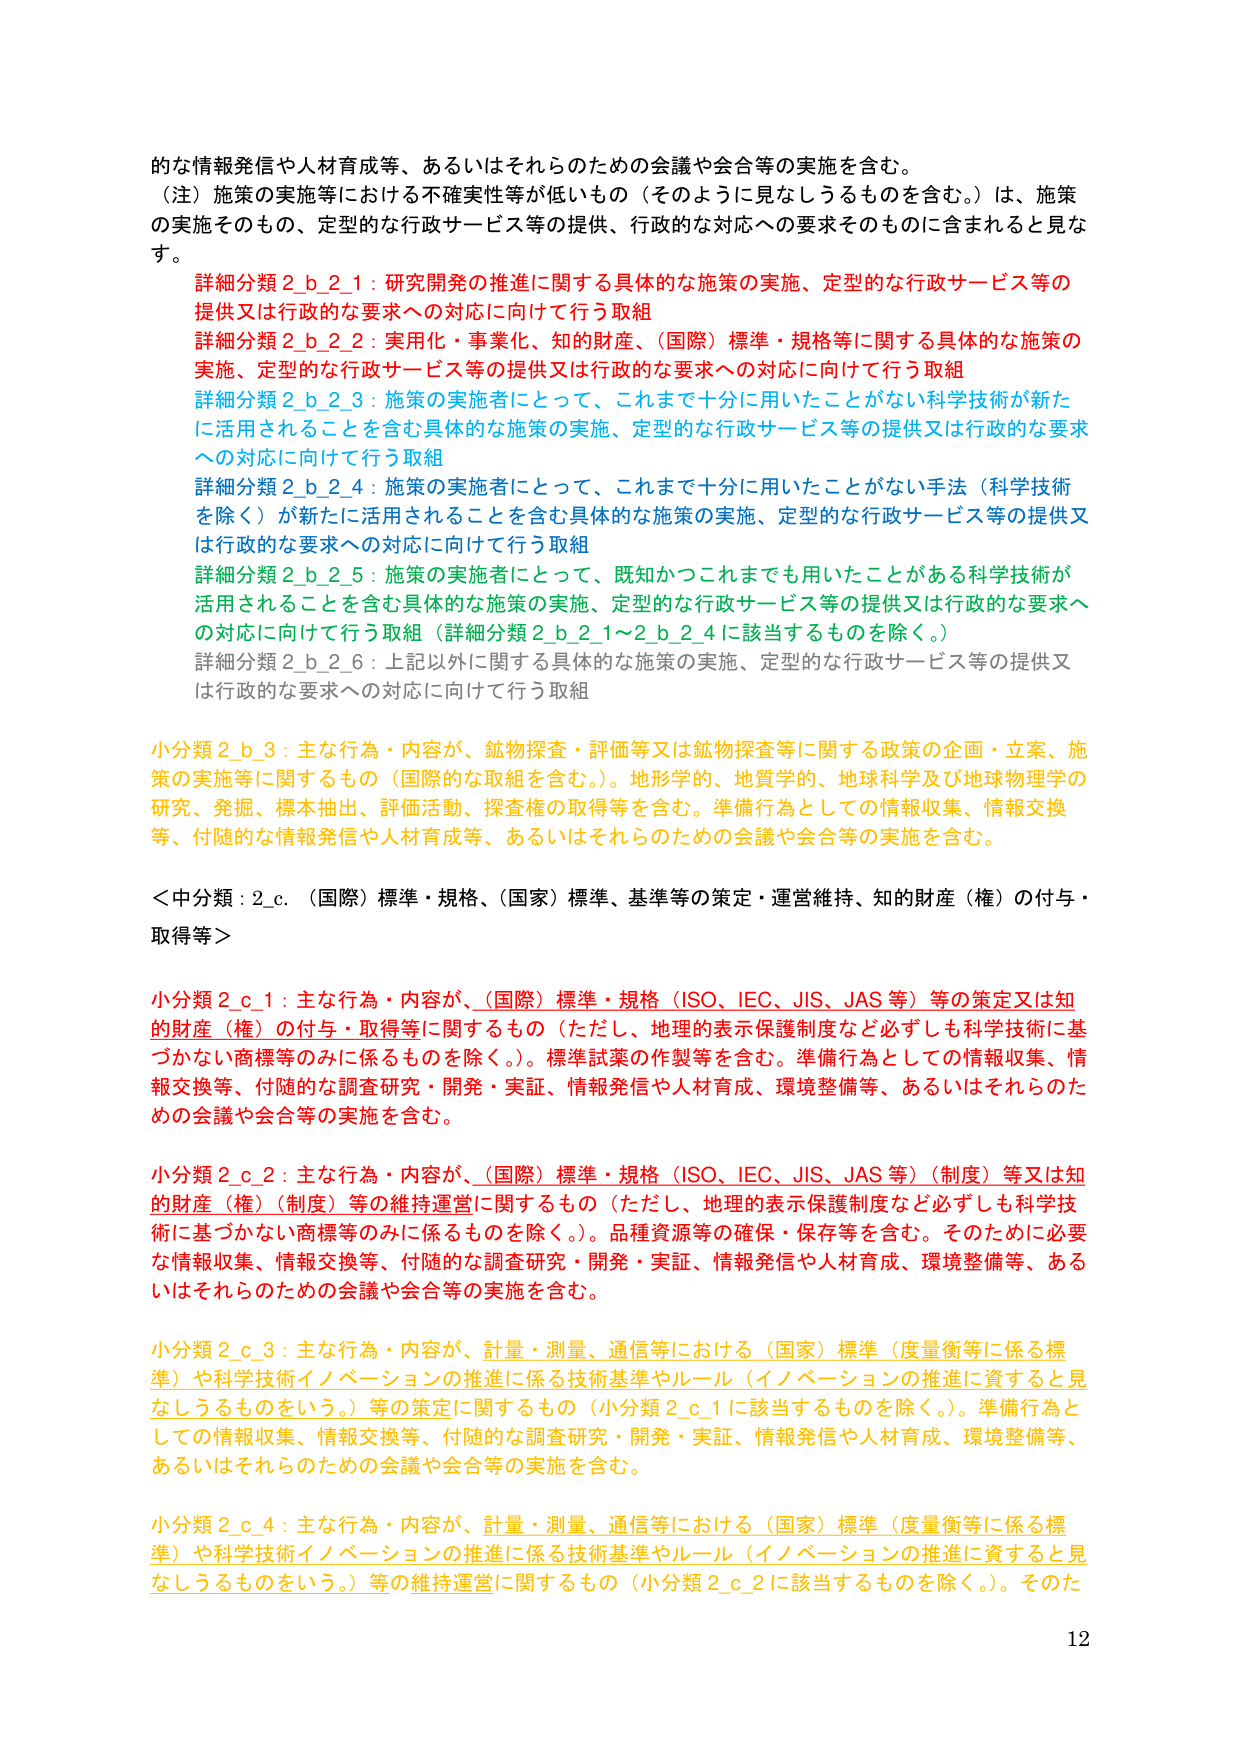
的な情報発信や人材育成等、あるいはそれらのための会議や会合等の実施を含む。
（注）施策の実施等における不確実性等が低いもの（そのように見なしうるものを含む。）は、施策の実施そのもの、定型的な行政サービス等の提供、行政的な対応への要求そのものに含まれると見なす。

詳細分類2_b_2_1：研究開発の推進に関する具体的な施策の実施、定型的な行政サービス等の提供又は行政的な要求への対応に向けて行う取組
詳細分類2_b_2_2：実用化・事業化、知的財産、（国際）標準・規格等に関する具体的な施策の実施、定型的な行政サービス等の提供又は行政的な要求への対応に向けて行う取組
詳細分類2_b_2_3：施策の実施者にとって、これまで十分に用いたことがない科学技術が新たに活用されることを含む具体的な施策の実施、定型的な行政サービス等の提供又は行政的な要求への対応に向けて行う取組
詳細分類2_b_2_4：施策の実施者にとって、これまで十分に用いたことがない手法（科学技術を除く）が新たに活用されることを含む具体的な施策の実施、定型的な行政サービス等の提供又は行政的な要求への対応に向けて行う取組
詳細分類2_b_2_5：施策の実施者にとって、既知かつこれまでにも用いたことがある科学技術が活用されることを含む具体的な施策の実施、定型的な行政サービス等の提供又は行政的な要求への対応に向けて行う取組（詳細分類2_b_2_1～2_b_2_4に該当するものを除く。）
詳細分類2_b_2_6：上記以外に関する具体的な施策の実施、定型的な行政サービス等の提供又は行政的な要求への対応に向けて行う取組

小分類2_b_3：主な行為・内容が、鉱物探査・評価等又は鉱物探査等に関する政策の企画・立案、施策の実施等に関するもの（国際的な取組を含む。）。地形学的、地質学的、地球科学及び地球物理学の研究、発掘、標本抽出、評価活動、探査権の取得等を含む。準備行為としての情報収集、情報交換等、付随的な情報発信や人材育成等、あるいはそれらのための会議や会合等の実施を含む。

＜中分類：2_c．（国際）標準・規格、（国家）標準、基準等の策定・運営維持、知的財産（権）の付与・取得等＞

小分類2_c_1：主な行為・内容が、（国際）標準・規格（ISO、IEC、JIS、JAS等）等の策定又は知的財産（権）の付与・取得等に関するもの（ただし、地理的表示保護制度など必ずしも科学技術に基づかない商標等のみに係るものを除く。）。標準試薬の作製等を含む。準備行為としての情報収集、情報交換等、付随的な調査研究・開発・実証、情報発信や人材育成、環境整備等、あるいはそれらのための会議や会合等の実施を含む。

小分類2_c_2：主な行為・内容が、（国際）標準・規格（ISO、IEC、JIS、JAS等）（制度）等又は知的財産（権）（制度）等の維持運営に関するもの（ただし、地理的表示保護制度など必ずしも科学技術に基づかない商標等のみに係るものを除く。）。品種資源等の確保・保存等を含む。そのために必要な情報収集、情報交換等、付随的な調査研究・開発・実証、情報発信や人材育成、環境整備等、あるいはそれらのための会議や会合等の実施を含む。

小分類2_c_3：主な行為・内容が、計量・測量、通信等における（国家）標準（度量衡等に係る標準）や科学技術イノベーションの推進に係る技術基準やルール（イノベーションの推進に資すると見なしうるものをいう。）等の策定に関するもの（小分類2_c_1に該当するものを除く。）。準備行為としての情報収集、情報交換等、付随的な調査研究・開発・実証、情報発信や人材育成、環境整備等、あるいはそれらのための会議や会合等の実施を含む。

小分類2_c_4：主な行為・内容が、計量・測量、通信等における（国家）標準（度量衡等に係る標準）や科学技術イノベーションの推進に係る技術基準やルール（イノベーションの推進に資すると見なしうるものをいう。）等の維持運営に関するもの（小分類2_c_2に該当するものを除く。）。そのた

12